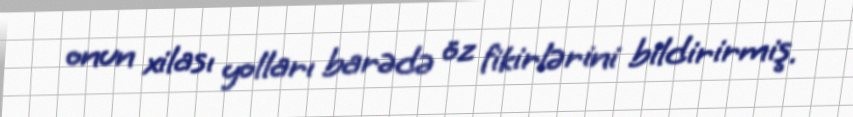
onun xilası yolları barədə öz fikirlərini bildirirmiş.